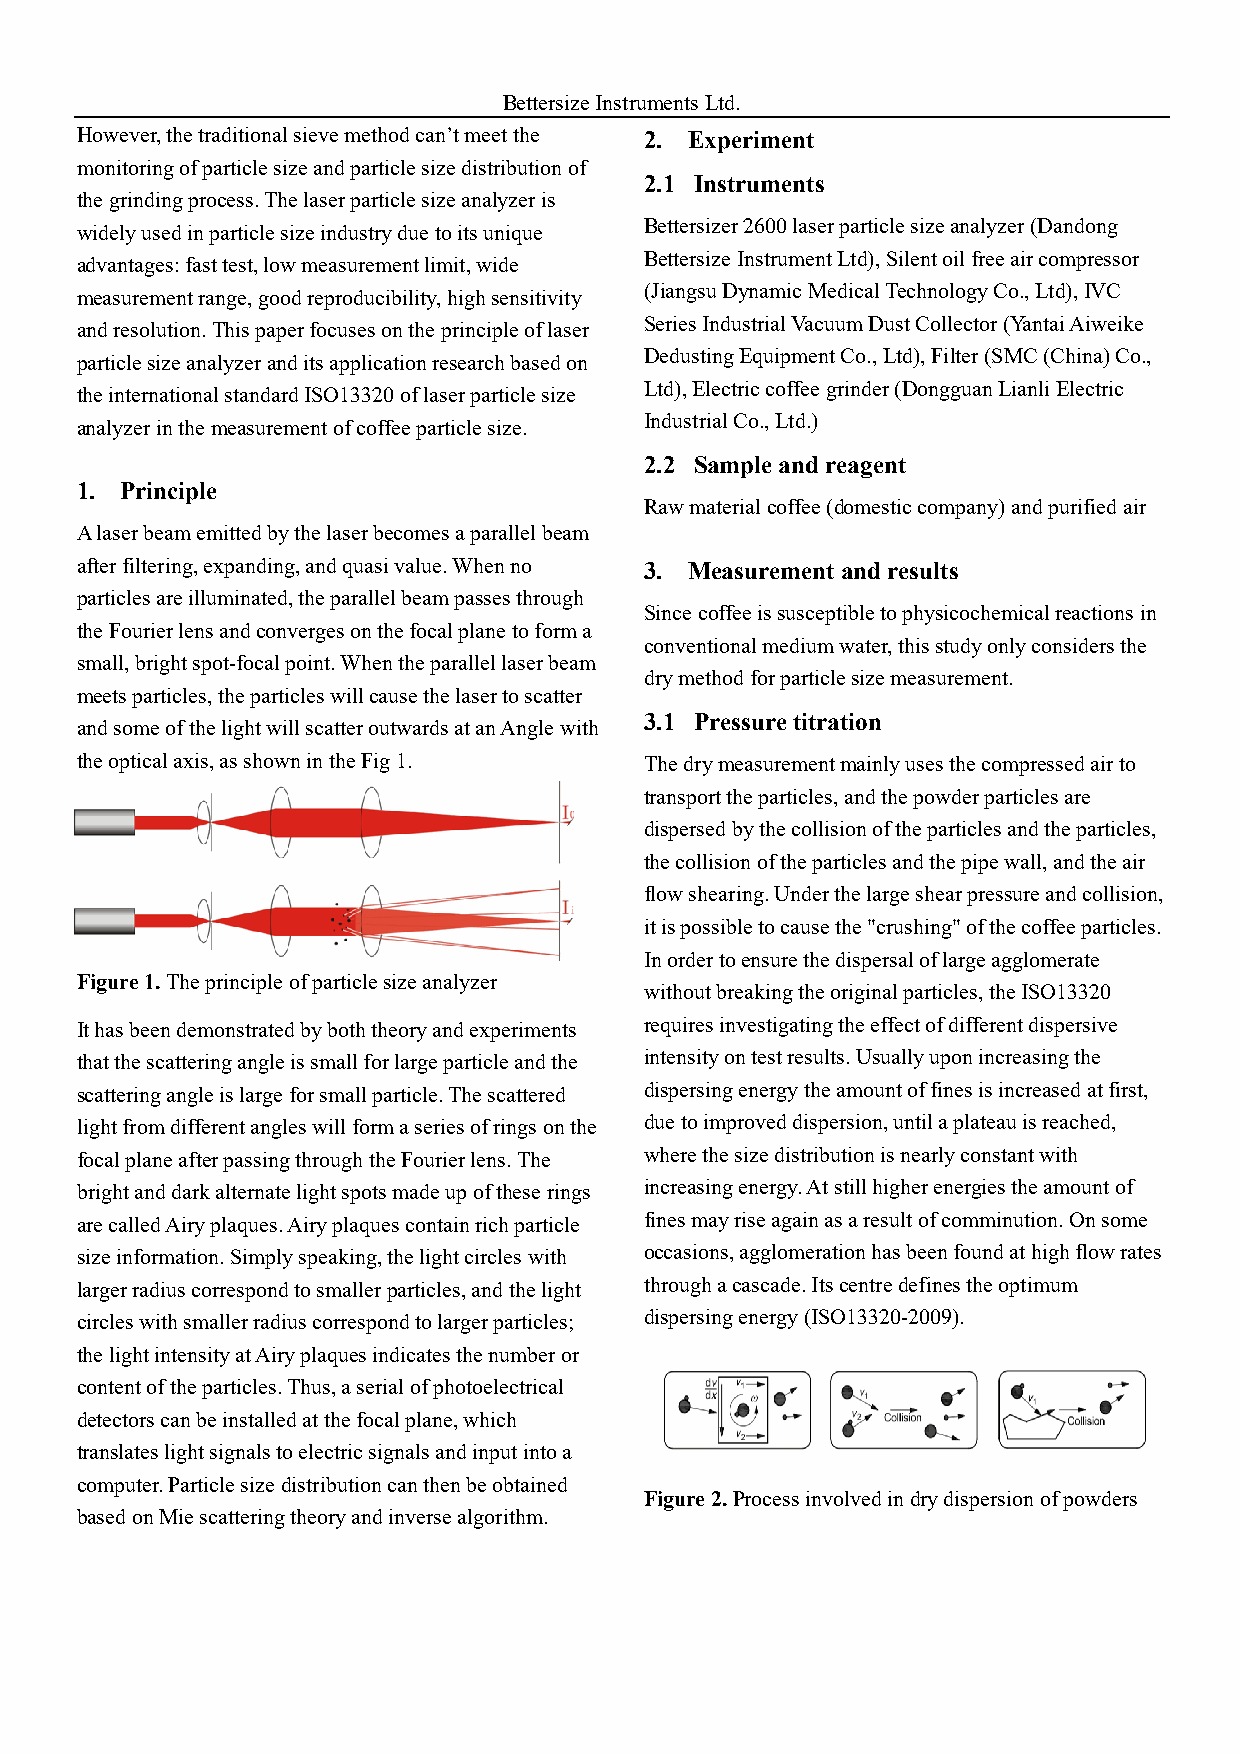
Bettersize Instruments Ltd.
 However, the traditional sieve method can’t meet the 2. Experiment
 monitoring of particle size and particle size distribution of
 2.1 Instruments
 the grinding process. The laser particle size analyzer is
 Bettersizer 2600 laser particle size analyzer (Dandong
 widely used in particle size industry due to its unique
 Bettersize Instrument Ltd), Silent oil free air compressor
 advantages: fast test, low measurement limit, wide
 (Jiangsu Dynamic Medical Technology Co., Ltd), IVC
 measurement range, good reproducibility, high sensitivity
 Series Industrial Vacuum Dust Collector (Yantai Aiweike
 and resolution. This paper focuses on the principle of laser
 Dedusting Equipment Co., Ltd), Filter (SMC (China) Co.,
 particle size analyzer and its application research based on
 Ltd), Electric coffee grinder (Dongguan Lianli Electric
 the international standard ISO13320 of laser particle size
 Industrial Co., Ltd.)
 analyzer in the measurement of coffee particle size.
 2.2 Sample and reagent
 1. Principle
 Raw material coffee (domestic company) and purified air
 A laser beam emitted by the laser becomes a parallel beam
 after filtering, expanding, and quasi value. When no 3. Measurement and results
 particles are illuminated, the parallel beam passes through
 Since coffee is susceptible to physicochemical reactions in
 the Fourier lens and converges on the focal plane to form a
 conventional medium water, this study only considers the
 small, bright spot-focal point. When the parallel laser beam
 dry method for particle size measurement.
 meets particles, the particles will cause the laser to scatter
 3.1 Pressure titration
 and some of the light will scatter outwards at an Angle with
 the optical axis, as shown in the Fig 1. The dry measurement mainly uses the compressed air to
 transport the particles, and the powder particles are
 dispersed by the collision of the particles and the particles,
 the collision of the particles and the pipe wall, and the air
 flow shearing. Under the large shear pressure and collision,
 it is possible to cause the "crushing" of the coffee particles.
 In order to ensure the dispersal of large agglomerate
 Figure 1. The principle of particle size analyzer
 without breaking the original particles, the ISO13320
 It has been demonstrated by both theory and experiments requires investigating the effect of different dispersive
 that the scattering angle is small for large particle and the intensity on test results. Usually upon increasing the
 scattering angle is large for small particle. The scattered dispersing energy the amount of fines is increased at first,
 light from different angles will form a series of rings on the due to improved dispersion, until a plateau is reached,
 focal plane after passing through the Fourier lens. The where the size distribution is nearly constant with
 bright and dark alternate light spots made up of these rings increasing energy. At still higher energies the amount of
 are called Airy plaques. Airy plaques contain rich particle fines may rise again as a result of comminution. On some
 size information. Simply speaking, the light circles with occasions, agglomeration has been found at high flow rates
 larger radius correspond to smaller particles, and the light through a cascade. Its centre defines the optimum
 circles with smaller radius correspond to larger particles; dispersing energy (ISO13320-2009).
 the light intensity at Airy plaques indicates the number or
 content of the particles. Thus, a serial of photoelectrical
 detectors can be installed at the focal plane, which
 translates light signals to electric signals and input into a
 computer. Particle size distribution can then be obtained
 Figure 2. Process involved in dry dispersion of powders
 based on Mie scattering theory and inverse algorithm.